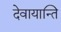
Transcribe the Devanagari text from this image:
देवायान्ति